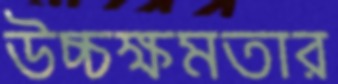
উচ্চক্ষমতার